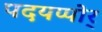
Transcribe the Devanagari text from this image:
पदयप्पोर्